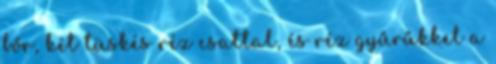
bőr, két tüskés réz csattal, és réz gyűrűkkel a